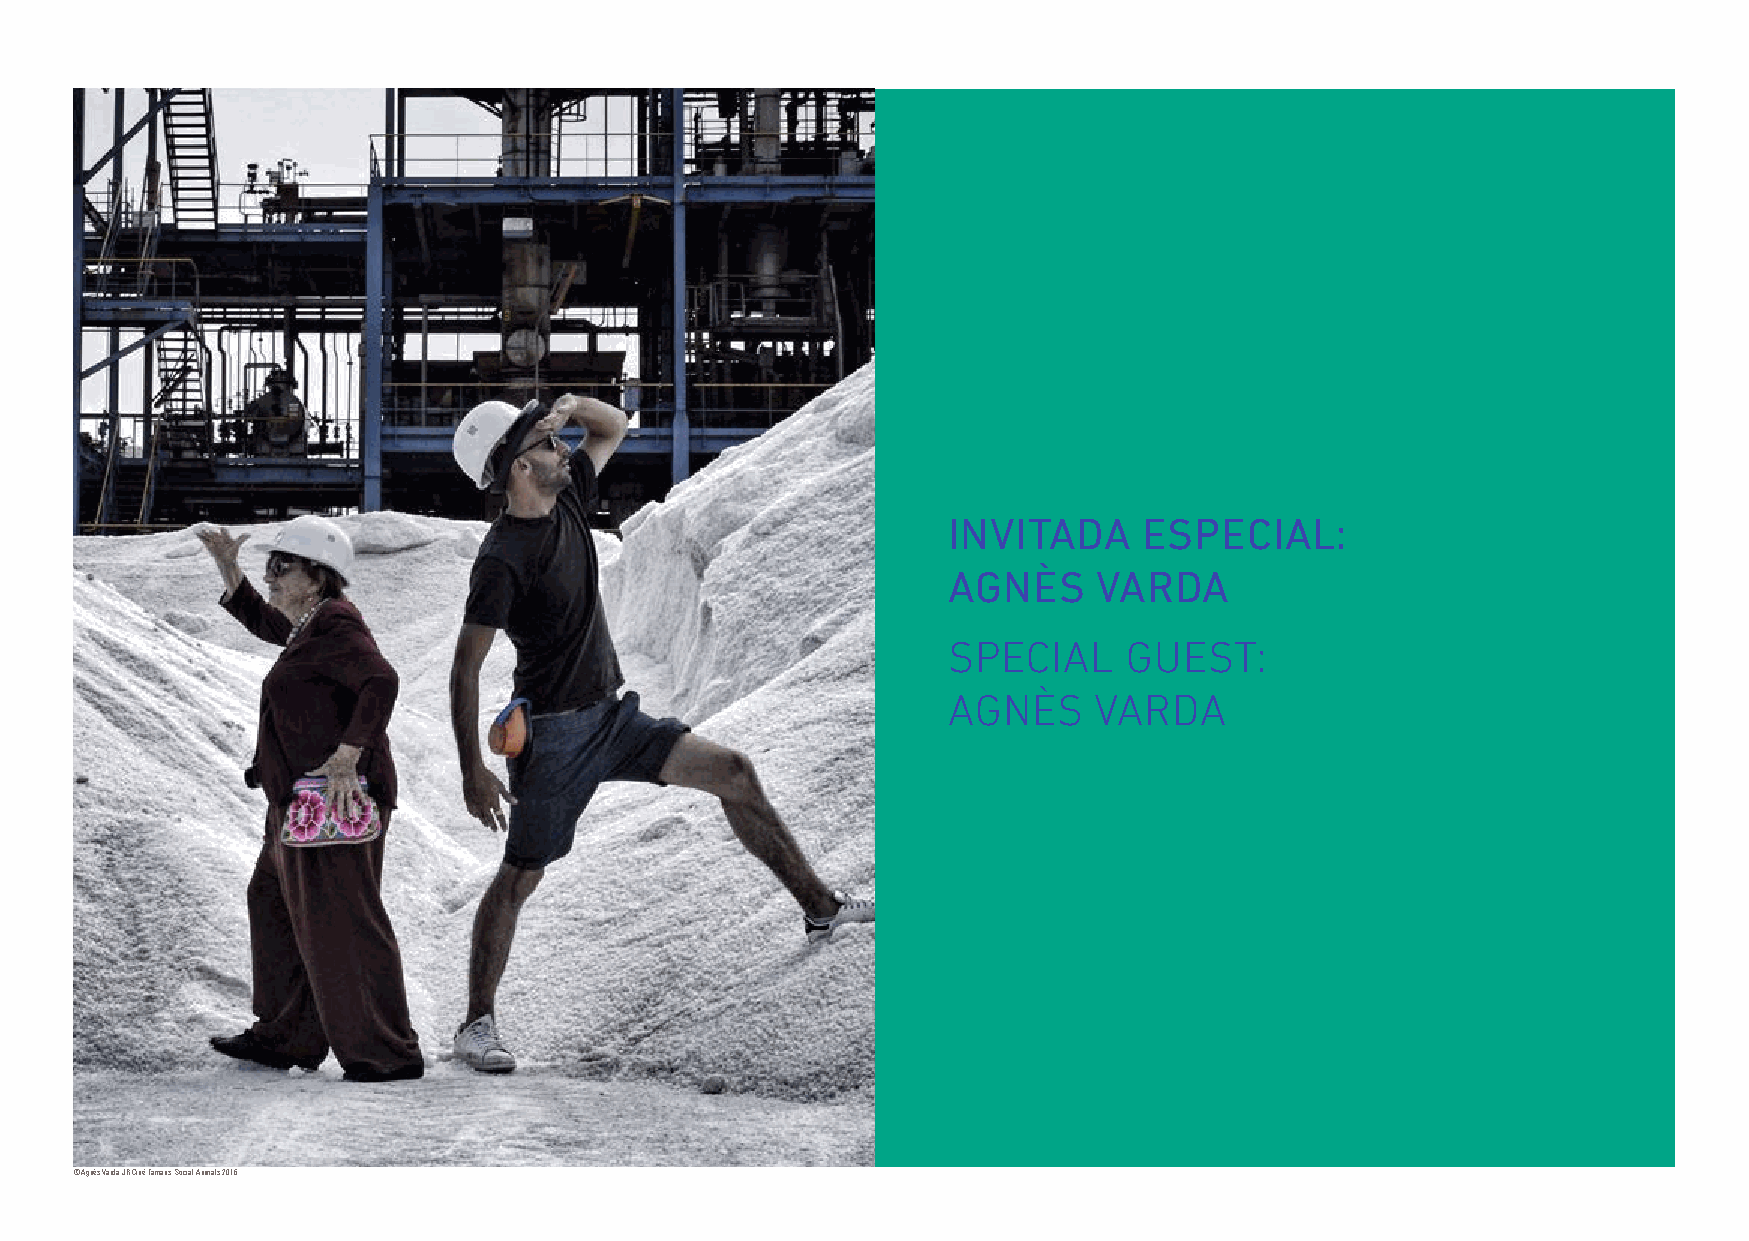
INVITADA     ESPECIAL:
 AGNÈS     VARDA
 SPECIAL     GUEST:
 AGNÈS    VARDA
 © Agnès Varda-JR-Ciné-Tamaris, Social Animals 2016